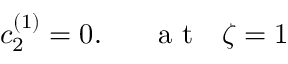
c _ { 2 } ^ { ( 1 ) } = 0 . ~ ~ ~ ~ ~ \mathrm { ~ a ~ t ~ } ~ ~ \zeta = 1